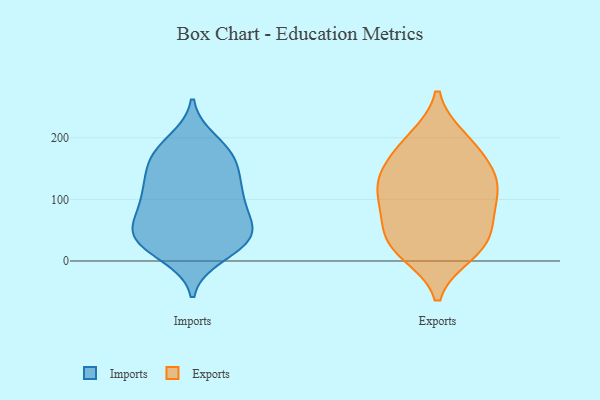
{"axis": {"x": "Customer Acquisition Cost (USD)", "y": "Value"}, "legend": ["Exports", "Imports"], "data": [{"x": "", "y": 65, "type": "Imports"}, {"x": "", "y": 86, "type": "Imports"}, {"x": "", "y": 175, "type": "Imports"}, {"x": "", "y": 46, "type": "Imports"}, {"x": "", "y": 86, "type": "Imports"}, {"x": "", "y": 122, "type": "Imports"}, {"x": "", "y": 71, "type": "Imports"}, {"x": "", "y": 167, "type": "Imports"}, {"x": "", "y": 26, "type": "Imports"}, {"x": "", "y": 10, "type": "Imports"}, {"x": "", "y": 164, "type": "Imports"}, {"x": "", "y": 118, "type": "Imports"}, {"x": "", "y": 37, "type": "Imports"}, {"x": "", "y": 35, "type": "Imports"}, {"x": "", "y": 194, "type": "Imports"}, {"x": "", "y": 35, "type": "Imports"}, {"x": "", "y": 174, "type": "Imports"}, {"x": "", "y": 121, "type": "Imports"}, {"x": "", "y": 33, "type": "Imports"}, {"x": "", "y": 123, "type": "Imports"}, {"x": "", "y": 29, "type": "Exports"}, {"x": "", "y": 12, "type": "Exports"}, {"x": "", "y": 174, "type": "Exports"}, {"x": "", "y": 89, "type": "Exports"}, {"x": "", "y": 28, "type": "Exports"}, {"x": "", "y": 196, "type": "Exports"}, {"x": "", "y": 143, "type": "Exports"}, {"x": "", "y": 149, "type": "Exports"}, {"x": "", "y": 61, "type": "Exports"}, {"x": "", "y": 119, "type": "Exports"}, {"x": "", "y": 199, "type": "Exports"}, {"x": "", "y": 120, "type": "Exports"}, {"x": "", "y": 59, "type": "Exports"}, {"x": "", "y": 92, "type": "Exports"}, {"x": "", "y": 128, "type": "Exports"}, {"x": "", "y": 17, "type": "Exports"}]}